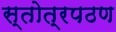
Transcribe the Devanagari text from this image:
स्तोत्रपठण